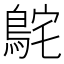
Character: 𮬸